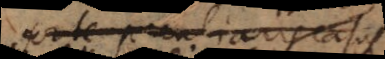
arte peculiaris casus